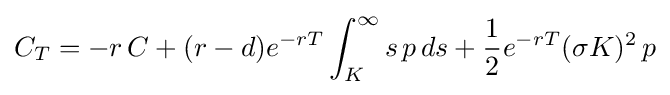
C_{T}=-r\,C+(r-d)e^{-rT}\int _{K}^{\infty }s\,p\,ds+{\frac {1}{2}}e^{-rT}(\sigma K)^{2}\,p